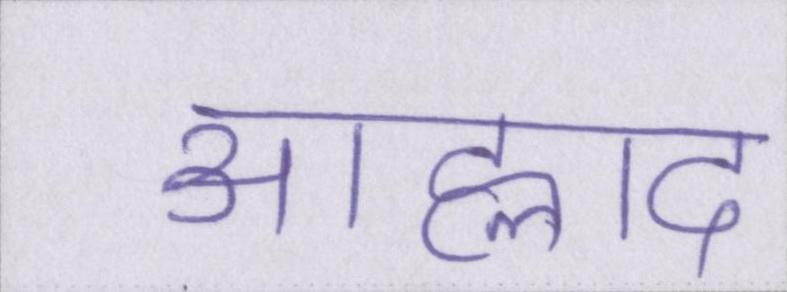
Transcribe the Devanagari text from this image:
आह्लाद